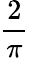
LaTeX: \frac{2}{\pi}